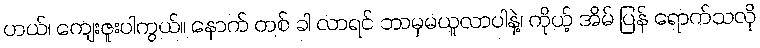
ဟယ်၊ ကျေးဇူးပါကွယ်။ နောက် တစ် ခါ လာရင် ဘာမှမယူလာပါနဲ့၊ ကိုယ့် အိမ် ပြန် ရောက်သလို